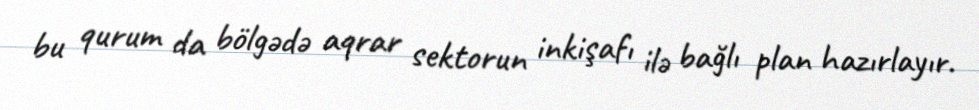
bu qurum da bölgədə aqrar sektorun inkişafı ilə bağlı plan hazırlayır.